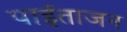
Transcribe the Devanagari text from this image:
पाईताजन